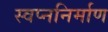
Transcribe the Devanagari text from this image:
स्वप्ननिर्माण